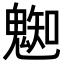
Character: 𩳦